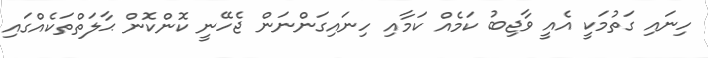
ހިނައި ގަތުމަކީ އެއީ ވާޖިބު ކަމެއް ކަމާއި ހިނައިގަންނަން ޖެހޭނީ ކޮންކޮން ޙާލަތްތަކެއްގައި